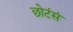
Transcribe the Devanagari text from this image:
छोटंसं